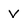
Character: v